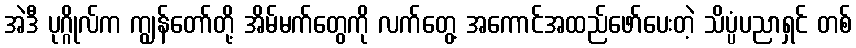
အဲဒီ ပုဂ္ဂိုလ်က ကျွန်တော်တို့ အိမ်မက်တွေကို လက်တွေ့ အကောင်အထည်ဖော်ပေးတဲ့ သိပ္ပံပညာရှင် တစ်